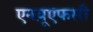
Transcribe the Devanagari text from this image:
एनय़ूएफसी